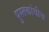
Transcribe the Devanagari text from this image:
पुस्तकांचीच